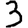
Digit: 3